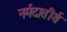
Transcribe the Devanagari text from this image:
नर्मदातीर्थ